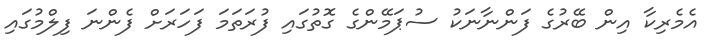
އެމެރިކާ އިން ބޭރުގެ ފަންނާނަކު ސުޕަމޭންގެ ގޮތުގައި ފުރަތަމަ ފަހަރަށް ފެންނަ ފިލްމުގައި